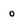
Character: o